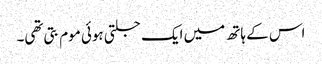
اس کے ہاتھ میں ایک جلتی ہوئی موم بتی تھی۔